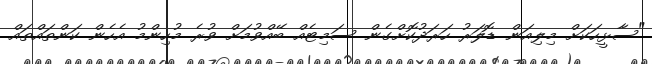
"ސާޅީހަކަށް މިލިއަން ޑޮލަރު ހަރަދުކޮށްގެން ސަމިޓެއް ބޭއްވުމަށް ވުރެ މުހިންމު އެހެން ކަންތައްތައް